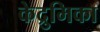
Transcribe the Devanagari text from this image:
केद्रुमिका